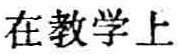
在教学上